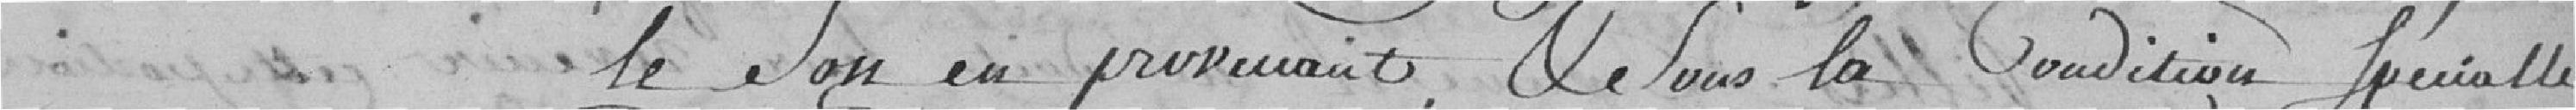
le son en provenant, et sous la condition spéciale